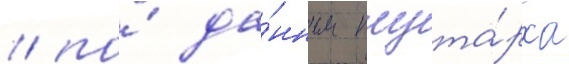
/ по́ да́нным плута́рха